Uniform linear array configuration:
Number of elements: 12
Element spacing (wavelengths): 0.5
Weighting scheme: blackman
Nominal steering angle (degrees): -15
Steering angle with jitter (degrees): -15.45
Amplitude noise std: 0.05
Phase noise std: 0.05

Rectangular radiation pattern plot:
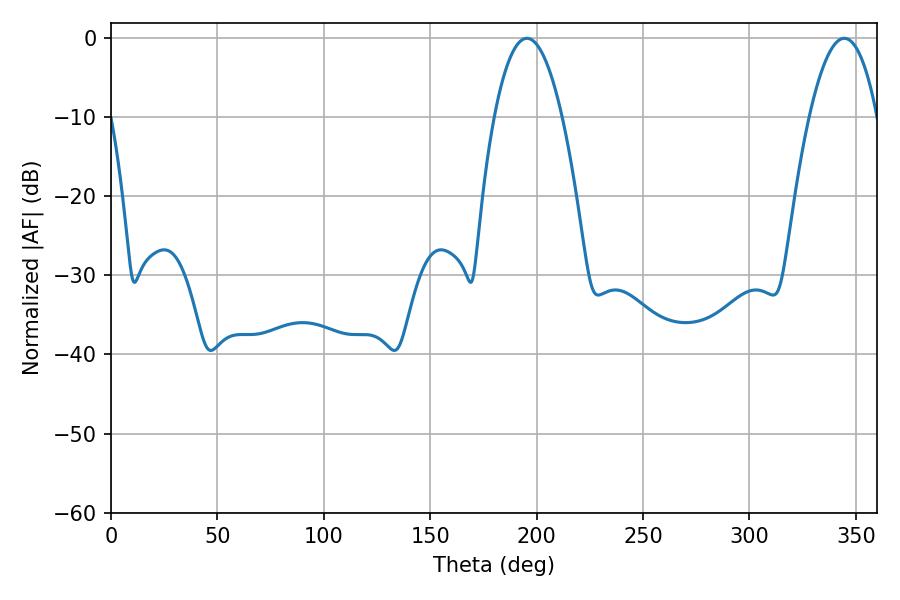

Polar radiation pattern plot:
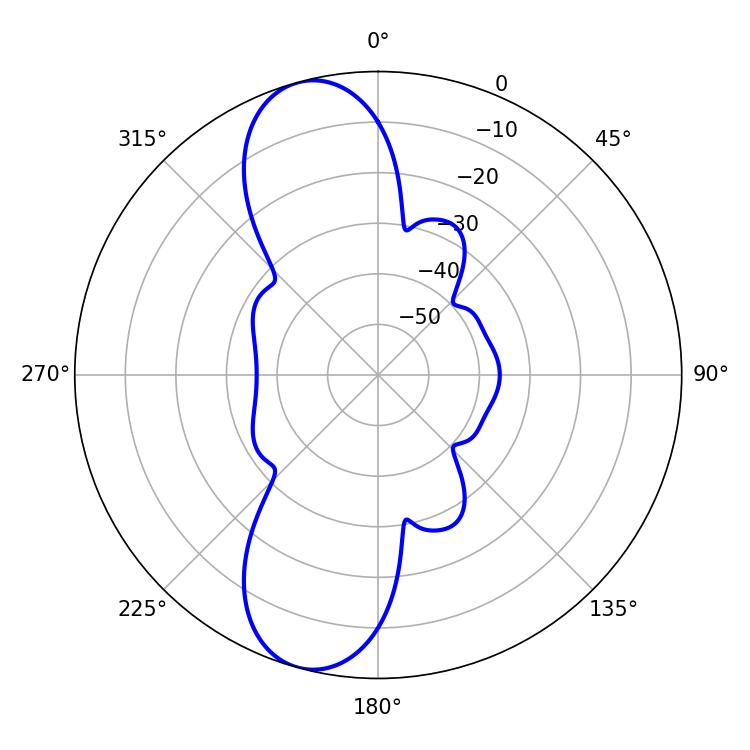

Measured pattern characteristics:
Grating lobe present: FALSE
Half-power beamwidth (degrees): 17.64
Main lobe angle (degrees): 195.48